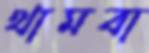
থামবা